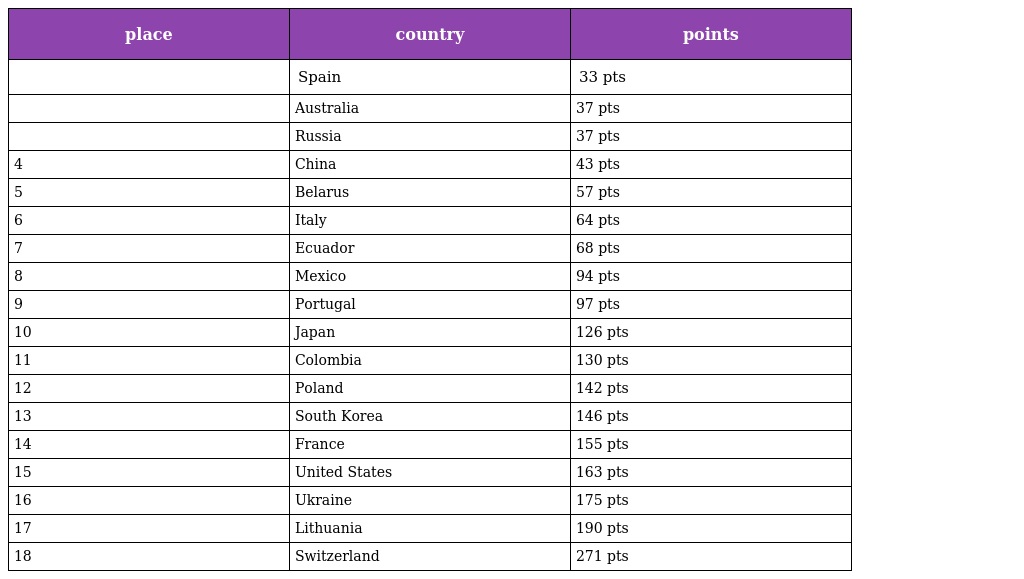
| place | country | points |
 | --- | --- | --- |
 |  | Spain | 33 pts |
 |  | Australia | 37 pts |
 |  | Russia | 37 pts |
 | 4 | China | 43 pts |
 | 5 | Belarus | 57 pts |
 | 6 | Italy | 64 pts |
 | 7 | Ecuador | 68 pts |
 | 8 | Mexico | 94 pts |
 | 9 | Portugal | 97 pts |
 | 10 | Japan | 126 pts |
 | 11 | Colombia | 130 pts |
 | 12 | Poland | 142 pts |
 | 13 | South Korea | 146 pts |
 | 14 | France | 155 pts |
 | 15 | United States | 163 pts |
 | 16 | Ukraine | 175 pts |
 | 17 | Lithuania | 190 pts |
 | 18 | Switzerland | 271 pts |